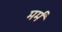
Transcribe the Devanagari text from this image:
मर्मं